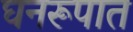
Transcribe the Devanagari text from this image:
घनरूपात